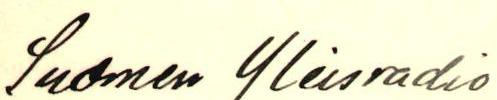
Suomen Yleisradio